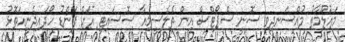
މައުލޫމާތު މުއްސަނދިވި ސޮނީ ސްޕޯޓްސް އިން ތެލެސީމިއާ ސޮސައިޓީ އަށް ފަންޑު ހޯދައިދެނީއަތޮޅު